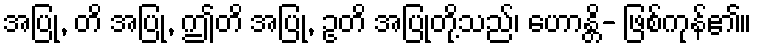
အပြု, တိ အပြု, ဤတိ အပြု, ဥတိ အပြုတို့သည်၊ ဟောန္တိ- ဖြစ်ကုန်၏။